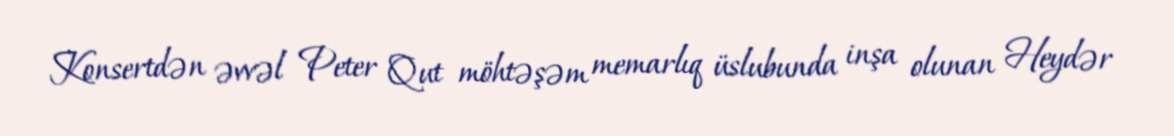
Konsertdən əvvəl Peter Qut möhtəşəm memarlıq üslubunda inşa olunan Heydər